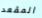
المقعد